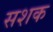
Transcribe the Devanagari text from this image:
सशक